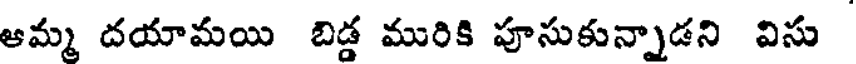
ఆమ్మ దయామయి బిడ్డ మురికి పూసుకున్నాడని విసు